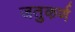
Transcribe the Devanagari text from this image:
जतुकर्ण